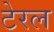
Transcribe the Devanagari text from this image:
टेरल